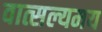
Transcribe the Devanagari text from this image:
वात्सल्यमय